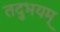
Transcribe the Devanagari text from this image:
तदुभयम्